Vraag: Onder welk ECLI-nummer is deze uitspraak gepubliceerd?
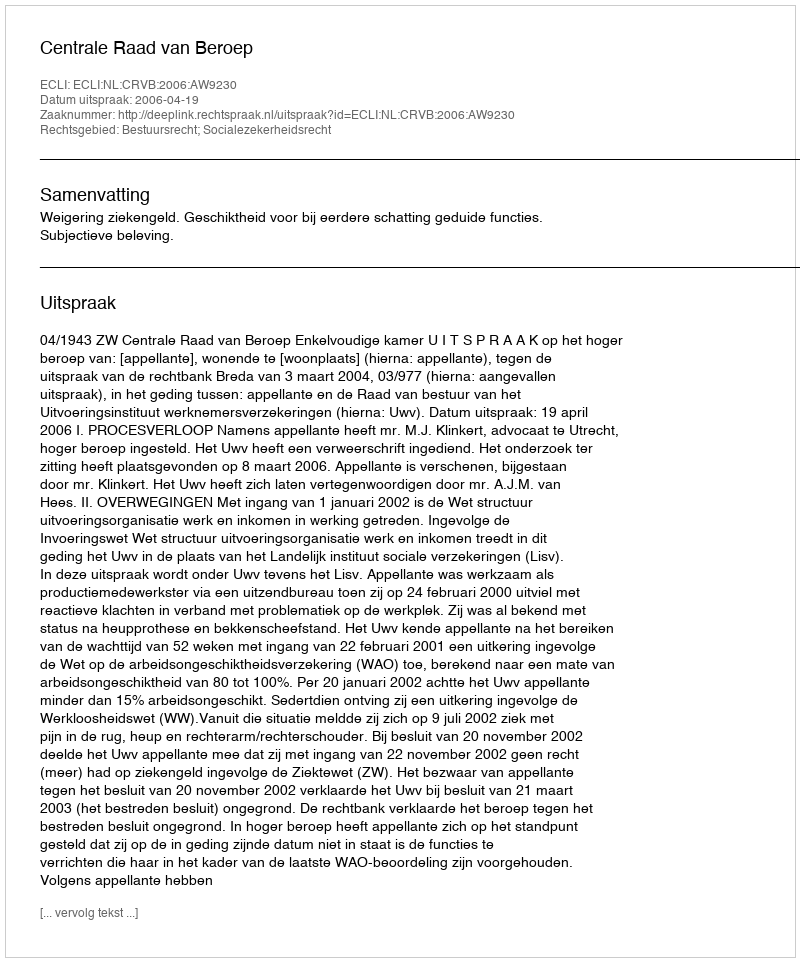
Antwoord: ECLI:NL:CRVB:2006:AW9230